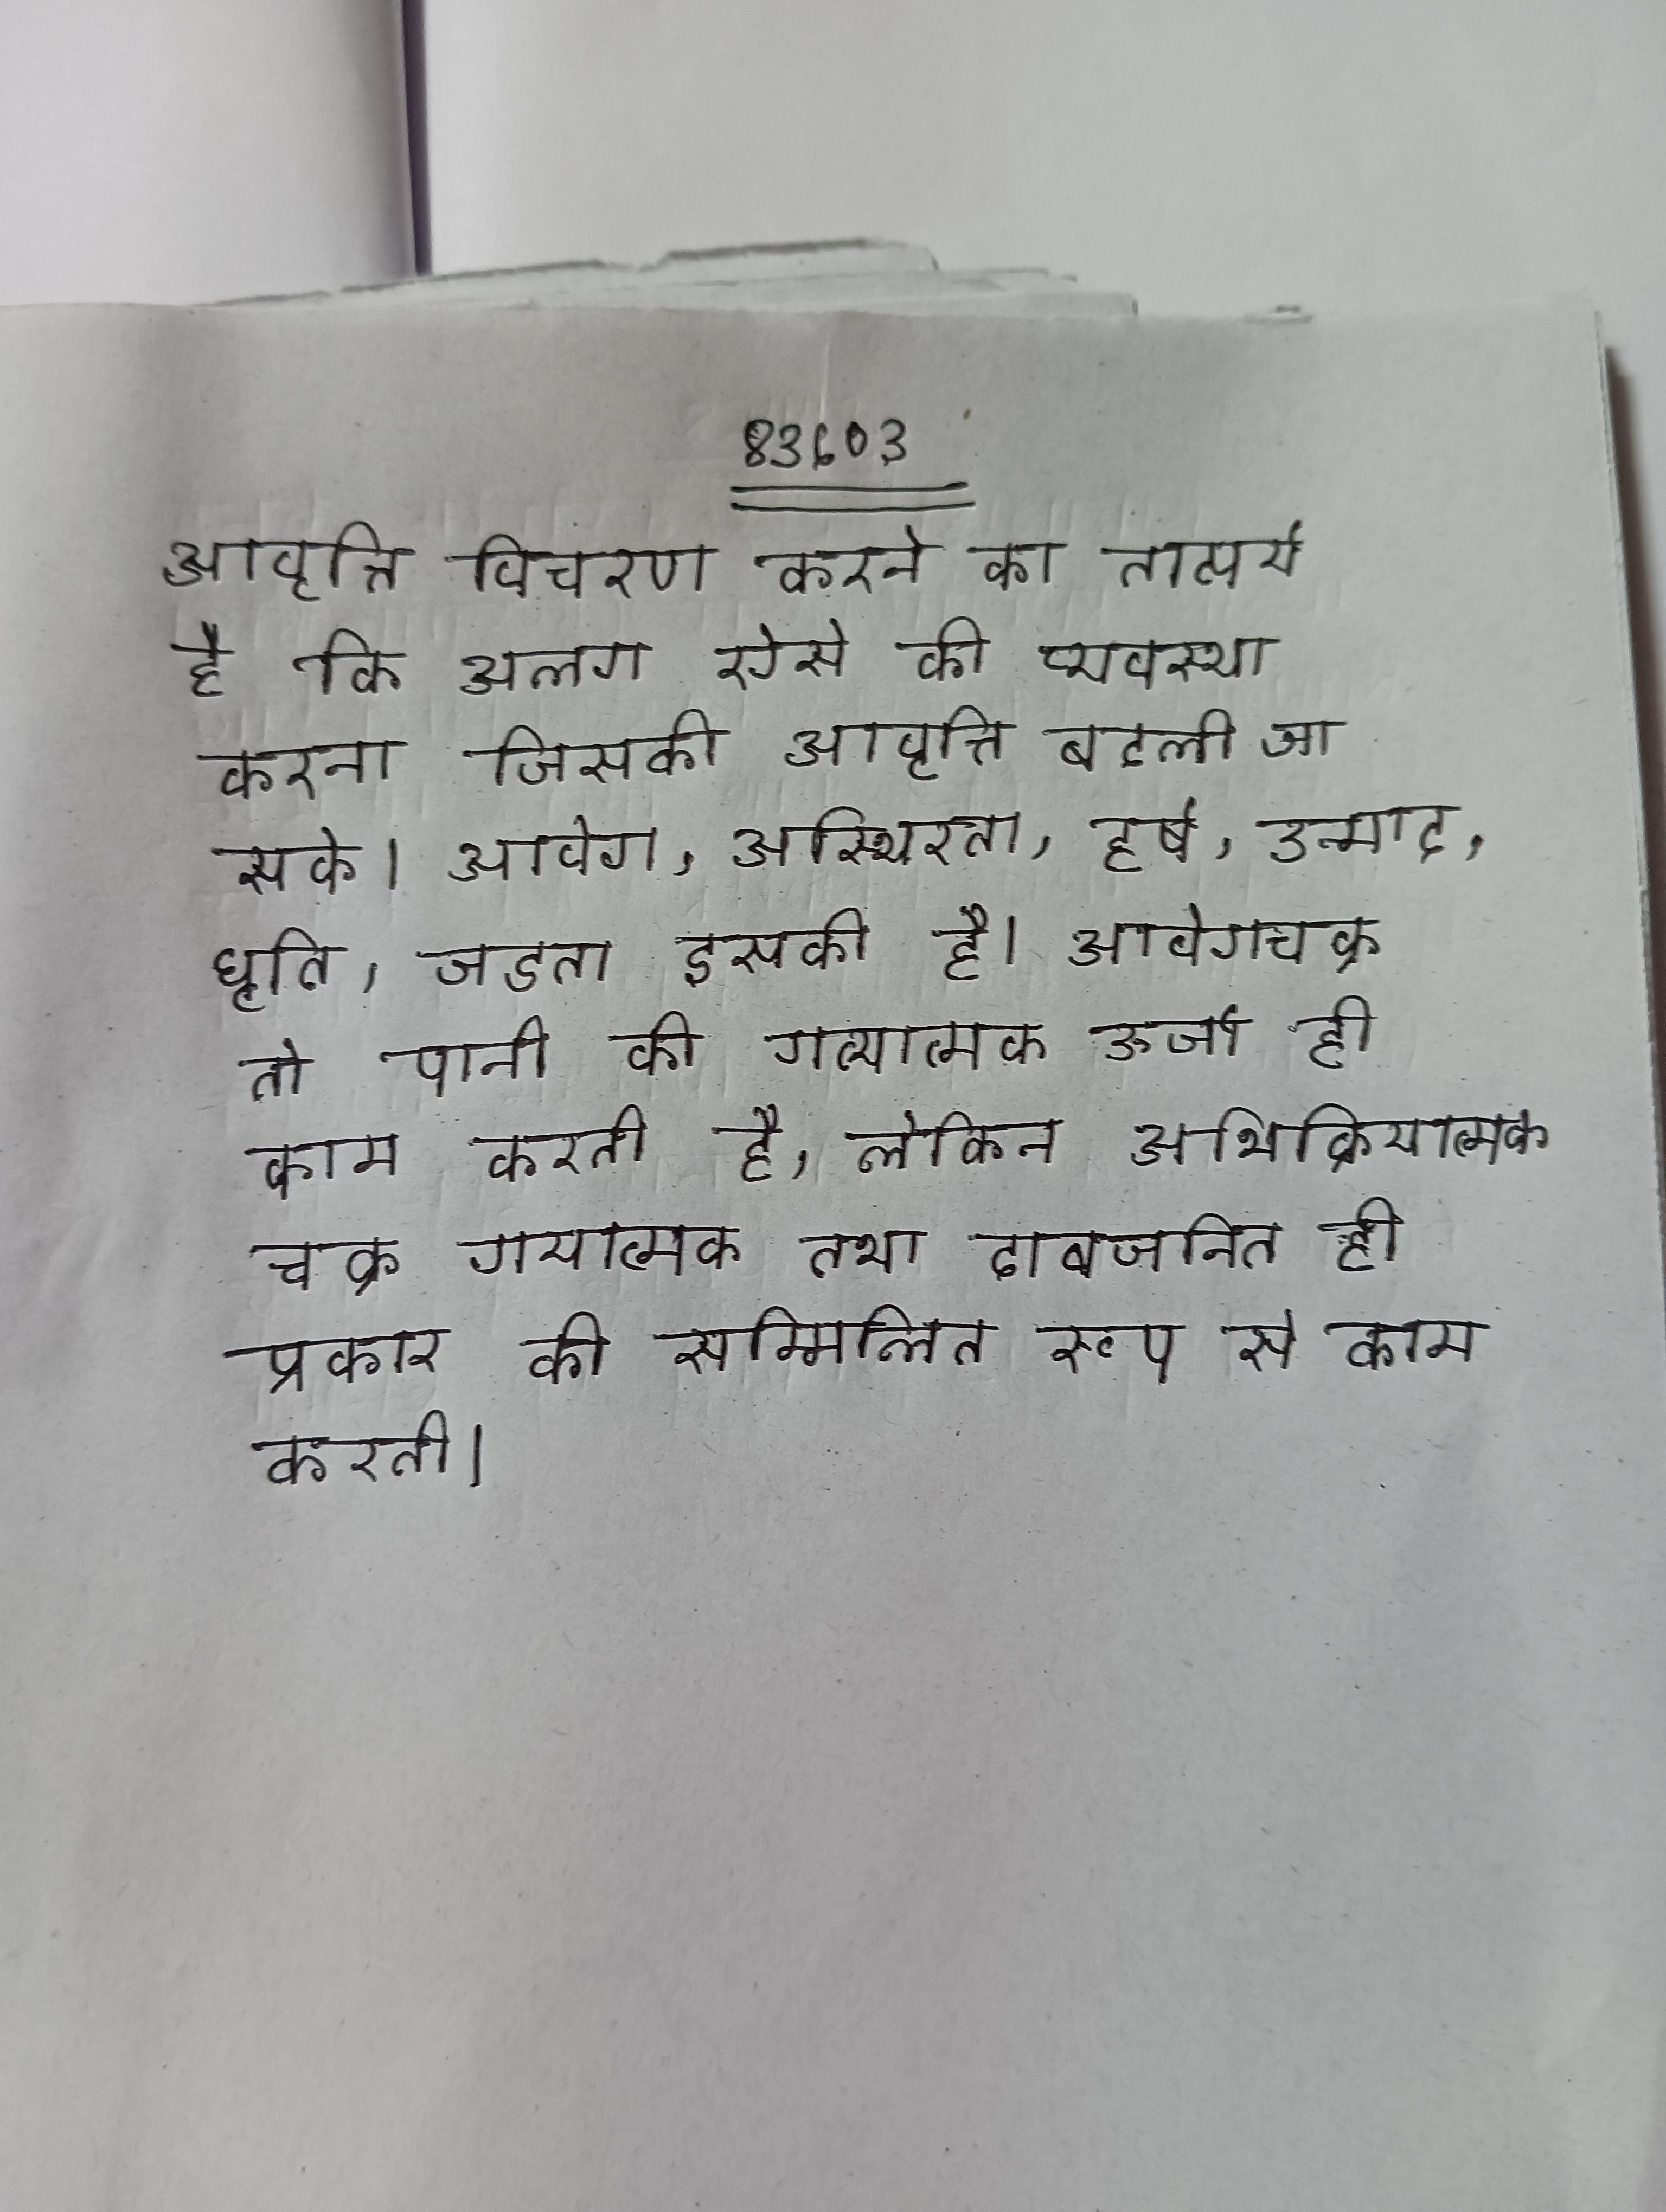
आवृत्ति विचरण करने का तात्पर्य है कि अलग ऐसे की व्यवस्था करना जिसकी आवृत्ति बदली जा सके । आवेग, अस्थिरता, हर्ष, उन्माद, धृति, जडता इसकी है । आवेगचक्र तो पानी की गत्यात्मक ऊर्जा ही काम करती है, लेकिन अभिक्रियात्मक चक्र गयात्मक तथा दाबजनित ही प्रकार की सम्मिलित रूप से काम करती ।